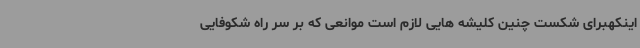
اینکهبرای شکست چنین کلیشه هایی لازم است موانعی که بر سر راه شکوفایی